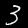
Label: 3